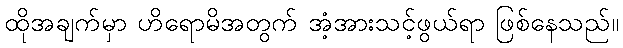
ထိုအချက်မှာ ဟိရောမိအတွက် အံ့အားသင့်ဖွယ်ရာ ဖြစ်နေသည်။